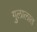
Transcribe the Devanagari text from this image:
गुलालात